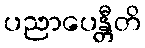
ပညာပေန္တီတိ